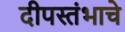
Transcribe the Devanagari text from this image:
दीपस्तंभाचे